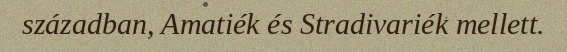
században, Amatiék és Stradivariék mellett.